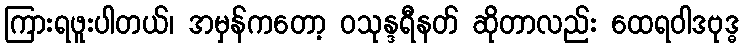
ကြားရဖူးပါတယ်၊ အမှန်ကတော့ ဝသုန္ဒရီနတ် ဆိုတာလည်း ထေရဝါဒဗုဒ္ဓ